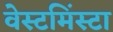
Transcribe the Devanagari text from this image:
वेस्टमिंस्टा